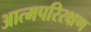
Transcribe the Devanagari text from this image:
आत्मपरिरक्षण